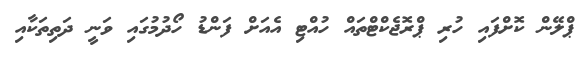
ޕްލޭން ކޮށްފައި ހުރި ޕްރޮޖެކްޓްތައް ހުއްޓި އެއަށް ފަންޑު ހޯދުމުގައި ވަނީ ދަތިތަކާއި